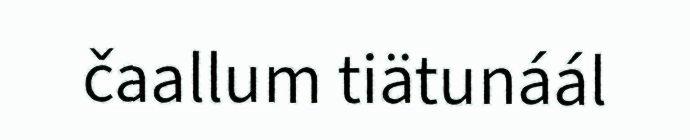
čaallum tiätunáál